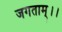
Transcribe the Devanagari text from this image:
जगताम्।।